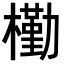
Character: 𣝀